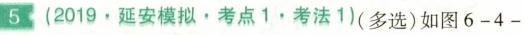
5 (2019 · 延安模拟 · 考点 1 · 考法 1)(多选)如图 6 - 4 -